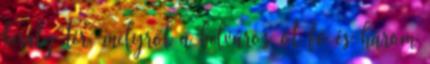
király tér, melyről a belváros öt fő és három